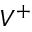
V ^ { + }